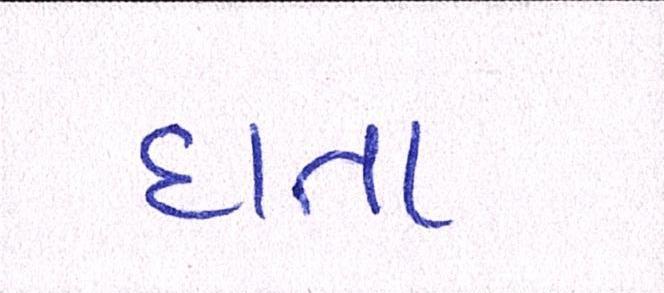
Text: દાતા